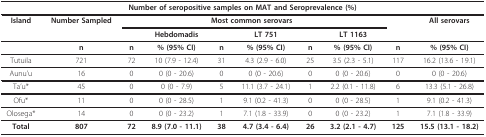
<table><thead><tr><td colspan="10"><b>Number of seropositive samples on MAT and Seroprevalence (%)</b></td></tr></thead><tbody><tr><td><b>Island</b></td><td><b>Number Sampled</b></td><td colspan="6"><b>Most common serovars</b></td><td>[EMPTY_CELL]</td><td><b>All serovars</b></td></tr><tr><td>[EMPTY_CELL]</td><td>[EMPTY_CELL]</td><td>[EMPTY_CELL]</td><td><b>Hebdomadis</b></td><td>[EMPTY_CELL]</td><td><b>LT 751</b></td><td>[EMPTY_CELL]</td><td><b>LT 1163</b></td><td>[EMPTY_CELL]</td><td>[EMPTY_CELL]</td></tr><tr><td>[EMPTY_CELL]</td><td><b>n</b></td><td><b>n</b></td><td><b>% (95% CI)</b></td><td><b>n</b></td><td><b>% (95% CI)</b></td><td><b>n</b></td><td><b>% (95% CI)</b></td><td><b>n</b></td><td><b>% (95% CI)</b></td></tr><tr><td>Tutuila</td><td>721</td><td>72</td><td>10 (7.9 - 12.4)</td><td>31</td><td>4.3 (2.9 - 6.0)</td><td>25</td><td>3.5 (2.3 - 5.1)</td><td>117</td><td>16.2 (13.6 - 19.1)</td></tr><tr><td>Aunu'u</td><td>16</td><td>0</td><td>0 (0 - 20.6)</td><td>0</td><td>0 (0 - 20.6)</td><td>0</td><td>0 (0 - 20.6)</td><td>0</td><td>0 (0 - 20.6)</td></tr><tr><td>Ta'u*</td><td>45</td><td>0</td><td>0 (0 - 7.9)</td><td>5</td><td>11.1 (3.7 - 24.1)</td><td>1</td><td>2.2 (0.1 - 11.8)</td><td>6</td><td>13.3 (5.1 - 26.8)</td></tr><tr><td>Ofu*</td><td>11</td><td>0</td><td>0 (0 - 28.5)</td><td>1</td><td>9.1 (0.2 - 41.3)</td><td>0</td><td>0 (0 - 28.5)</td><td>1</td><td>9.1 (0.2 - 41.3)</td></tr><tr><td>Olosega*</td><td>14</td><td>0</td><td>0 (0 - 23.2)</td><td>1</td><td>7.1 (1.8 - 33.9)</td><td>0</td><td>0 (0 - 23.2)</td><td>1</td><td>7.1 (1.8 - 33.9)</td></tr><tr><td><b>Total</b></td><td><b>807</b></td><td><b>72</b></td><td><b>8.9 (7.0 - 11.1)</b></td><td><b>38</b></td><td><b>4.7 (3.4 - 6.4)</b></td><td><b>26</b></td><td><b>3.2 (2.1 - 4.7)</b></td><td><b>125</b></td><td><b>15.5 (13.1 - 18.2)</b></td></tr></tbody></table>